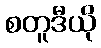
စတူဒီယို